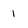
Character: 1